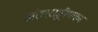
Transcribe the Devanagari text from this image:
अंतरराष्ट्रीयका